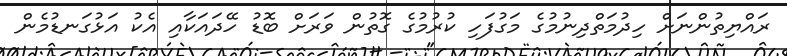
ރައްޔިތުންނަށް ހިދުމަތްދިނުމުގެ މަގުފަހި ކުރުމުގެ ގޮތުން ވަރަށް ބޮޑު ހޭދައަކާއި އެކު އަޅުގަނޑުމެން